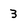
Character: 3